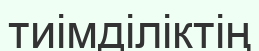
тиімділіктің